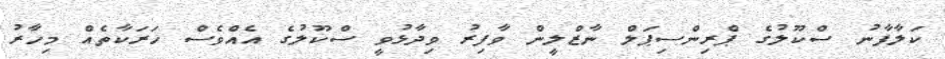
ކަލާފާނު ސްކޫލުގެ ޕްރިންސިޕަލް ނާޒްލީން ވާފިރު ވިދާޅުވީ ސްކޫލުގެ އެއްވެސް ހަރަކާތެއް މިހާރު